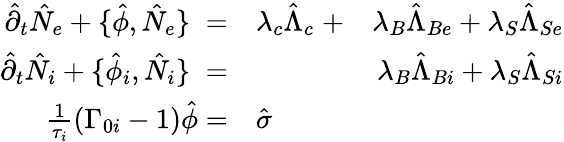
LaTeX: \begin{array}{rlr}{\hat{\partial}_{t}\hat{N}_{e}+\{ \hat{\phi},\hat{N}_{e}\} \; =}&{{}\lambda_{c}\hat{\Lambda}_{c}\; +}&{\lambda_{B}\hat{\Lambda}_{Be}+\lambda_{S}\hat{\Lambda}_{Se}}\\ {\hat{\partial}_{t}\hat{N}_{i}+\{ \hat{\phi}_{i},\hat{N}_{i}\} \; =}&{{}}&{\lambda_{B}\hat{\Lambda}_{Bi}+\lambda_{S}\hat{\Lambda}_{Si}}\\ {\frac{1}{\tau_{i}}\left(\Gamma_{0i}-1\right)\hat{\phi}=}&{{}\hat{\sigma}}&{}\end{array}